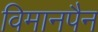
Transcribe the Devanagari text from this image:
विमानपैन